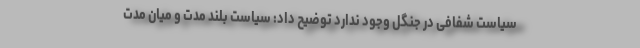
سیاست شفافی در جنگل وجود ندارد توضیح داد: سیاست بلند مدت و میان مدت